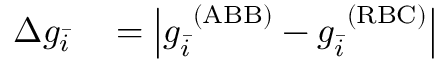
\begin{array} { r l } { \Delta g _ { \bar { i } } } & { { } = \left| g _ { \bar { i } } ^ { \ ( \mathrm { A B B } ) } - g _ { \bar { i } } ^ { \ ( \mathrm { R B C } ) } \right| } \end{array}